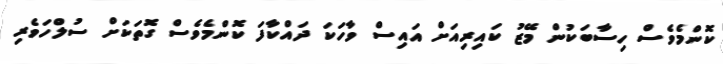
ކޮންމެވެސް ހިސާބަކުން މޭޒު ކައިރިއަށް އައިސް ވާހަކަ ދައްކާފަ ކޮންމެވެސް ގޮތަކަށް ސުލްހަވެރި